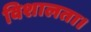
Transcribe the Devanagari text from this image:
विशालता।